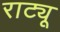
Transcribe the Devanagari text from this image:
राट्यू